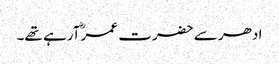
ادھر سے حضرت عمرؓ آرہے تھے۔